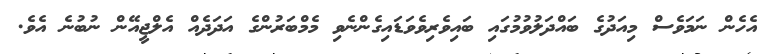
އެހެން ނަމަވެސް މިއަދުގެ ބައްދަލުވުމުގައި ބައިވެރިވެވަޑައިގެންނެވި މެމްބަރުންގެ އަދަދެއް އެލްޖީއޭން ނުބުނެ އެވެ.